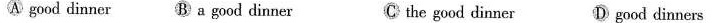
A good dinner B a good dinner C the good dinner D good dinners